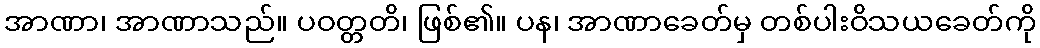
အာဏာ၊ အာဏာသည်။ ပဝတ္တတိ၊ ဖြစ်၏။ ပန၊ အာဏာခေတ်မှ တစ်ပါးဝိသယခေတ်ကို